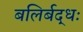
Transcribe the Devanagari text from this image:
बलिर्बद्धः